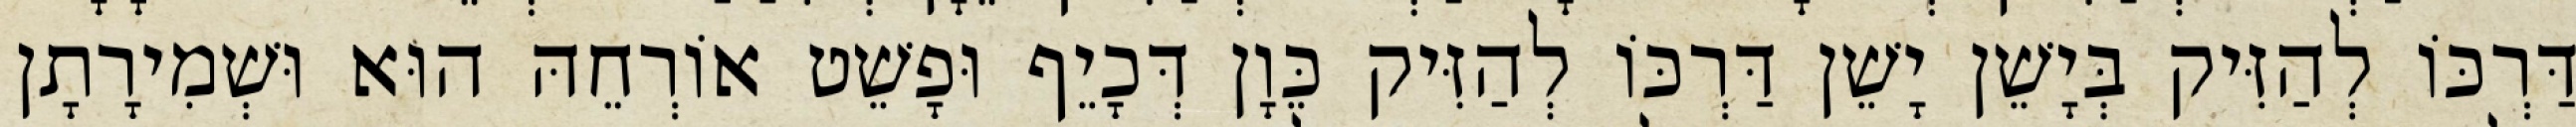
דַּרְכּוֹ לְהַזִּיק בְּיָשֵׁן יָשֵׁן דַּרְכּוֹ לְהַזִּיק כֵּוָן דְּכָיֵף וּפָשֵׁט אוֹרְחֵהּ הוּא וּשְׁמִירָתָן